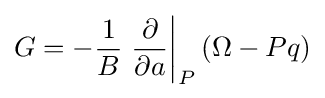
G=-{\frac {1}{B}}\left.{\frac {\partial }{\partial a}}\right|_{P}(\Omega -Pq)